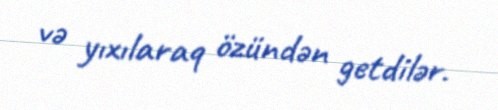
və yıxılaraq özündən getdilər.